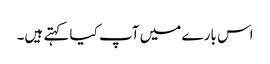
اس بارے میں آپ کیا کہتے ہیں۔